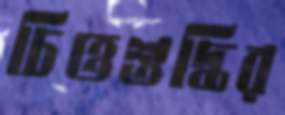
চিত্তশুদ্ধির